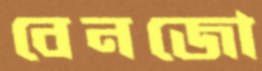
বেনজো